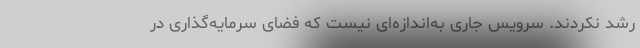
رشد نکردند. سرویس جاری به‌اندازه‌ای نیست که فضای سرمایه‌گذاری در